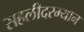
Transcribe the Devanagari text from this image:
सहलीदरम्यान